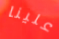
علينا